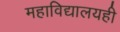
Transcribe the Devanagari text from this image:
महाविद्यालयही